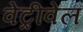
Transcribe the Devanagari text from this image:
वेट्रीवेल